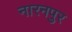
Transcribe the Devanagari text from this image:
नारनपुर